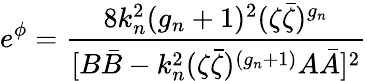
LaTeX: e^{\phi}=\frac{8k_{n}^{2}(g_{n}+1)^{2}(\zeta\bar{\zeta})^{g_{n}}}{[B\bar{B}-k_{n}^{2}(\zeta\bar{\zeta})^{(g_{n}+1)}A\bar{A}]^{2}}